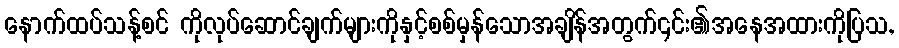
နောက်ထပ်သန့်စင် ကိုလုပ်ဆောင်ချက်များကိုနှင့်စစ်မှန်သောအချိန်အတွက်၎င်း၏အနေအထားကိုပြသ,